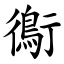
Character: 鵆